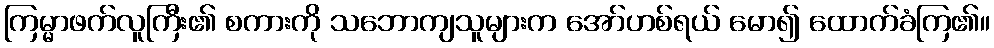
ကြမ္မာဖက်လူကြီး၏ စကားကို သဘောကျသူများက အော်ဟစ်ရယ် မော၍ ထောက်ခံကြ၏။